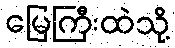
မြေကြီးထဲသို့